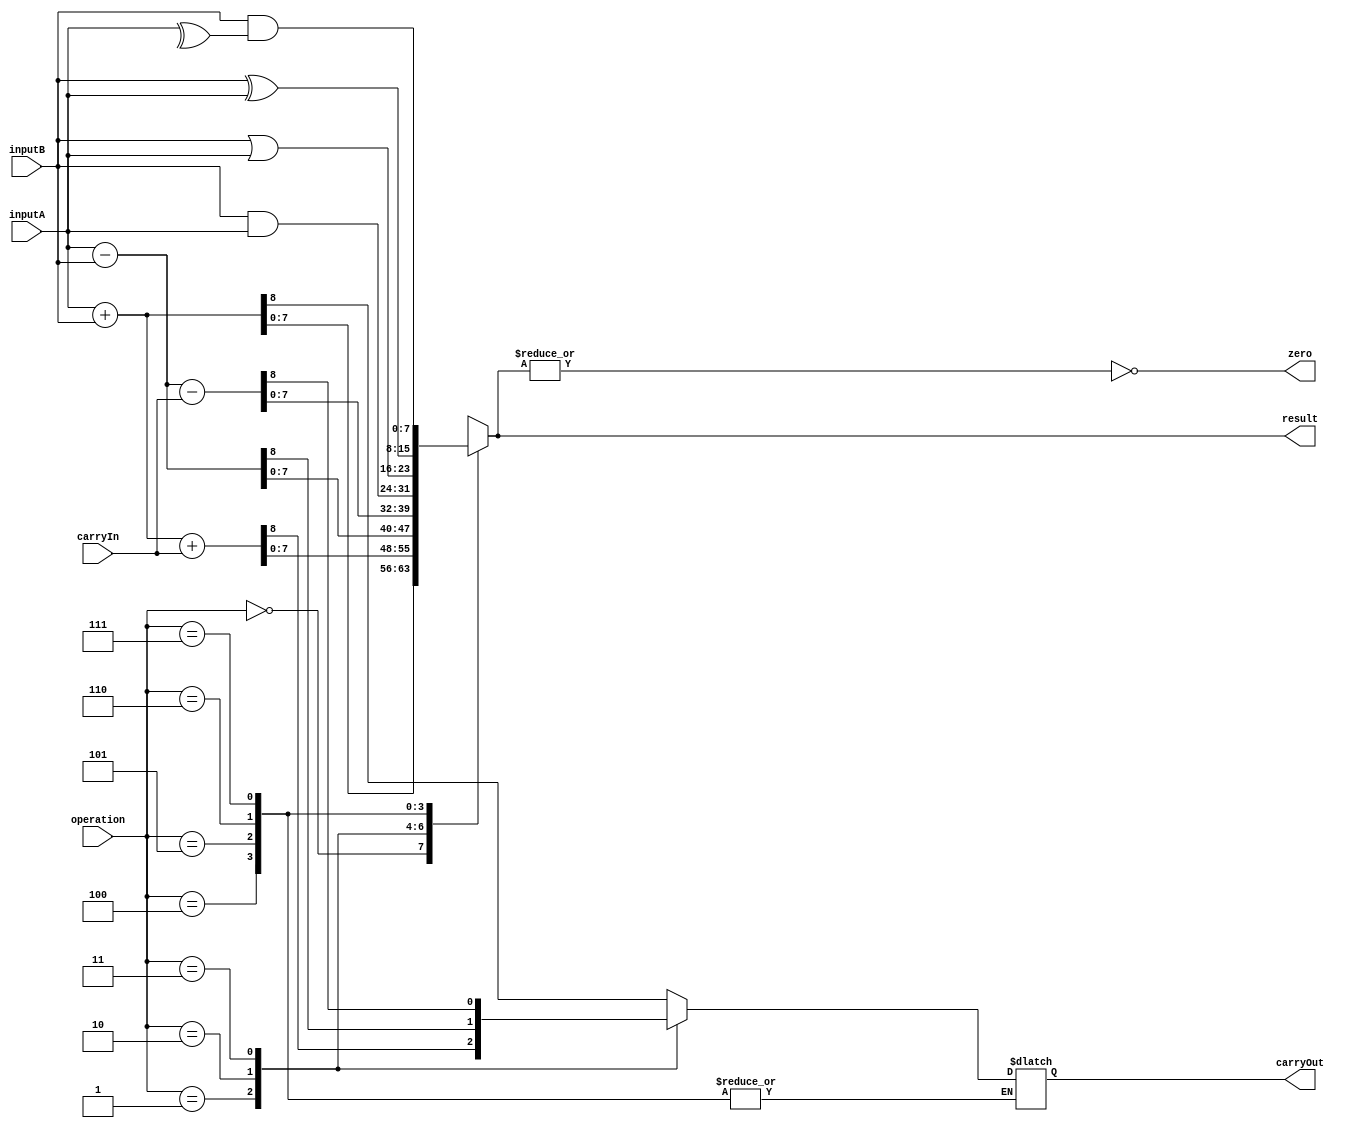
module ALU(inputA, inputB, carryIn, operation, result, carryOut, zero);
	input [7:0] inputA, inputB;
	input carryIn;
	input [2:0] operation;
	output reg [7:0] result;
	output reg carryOut, zero;

	always @(*) begin
		case(operation)
			3'b000: {carryOut, result} = inputA + inputB;
			3'b001: {carryOut, result} = inputA + inputB + carryIn;
			3'b010: {carryOut, result} = inputA - inputB;
			3'b011: {carryOut, result} = inputA - inputB - carryIn;
			3'b100: result = inputB & inputA;
			3'b101: result = inputB | inputA;
			3'b110: result = inputB ^ inputA;
			3'b111: result = inputB &^ inputA;
			default: result = result;
		endcase
		zero = ~(|result);
	end

endmodule